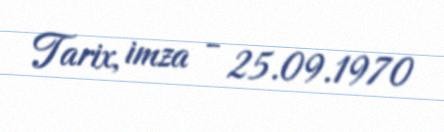
Tarix, imza - 25.09.1970